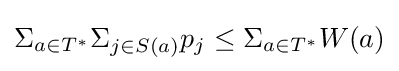
\Sigma _{a\in T^{*}}\Sigma _{j\in S(a)}p_{j}\leq \Sigma _{a\in T^{*}}W(a)